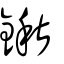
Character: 鍫